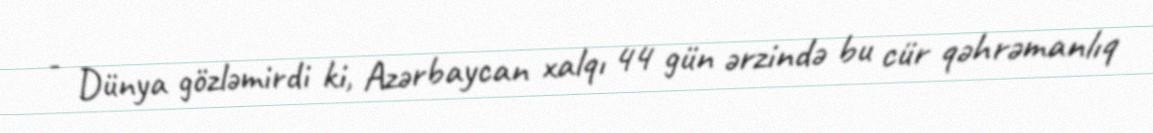
- Dünya gözləmirdi ki, Azərbaycan xalqı 44 gün ərzində bu cür qəhrəmanlıq